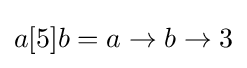
a[5]b=a\rightarrow b\rightarrow 3